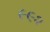
૯૯૨